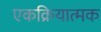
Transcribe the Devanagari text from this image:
एकक्रियात्मक